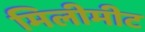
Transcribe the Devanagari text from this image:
मिलीमीट